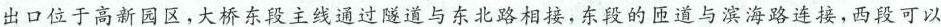
出口位于高新园区，大桥东段主线通过隧道与东北路相接，东段的匝道与滨海路连接，西段可以